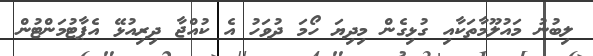
ލިބުނު މައުލޫމާތަކާއި ގުޅިގެން މިދިޔަ ހޯމަ ދުވަހު އެ ކުއްޖާ ދިރިއުޅޭ އެޕާޓުމަންޓުން